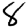
Digit: 8